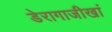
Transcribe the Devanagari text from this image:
डेरागाजीखां